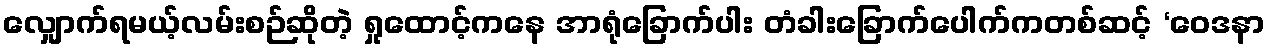
လျှောက်ရမယ့်လမ်းစဉ်ဆိုတဲ့ ရှုထောင့်ကနေ အာရုံခြောက်ပါး တံခါးခြောက်ပေါက်ကတစ်ဆင့် ‘ဝေဒနာ